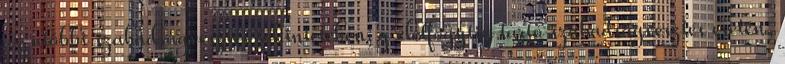
az utóbbi szabadságvesztés tekintetében; g életfogytig tartó szabadságvesztés esetén,